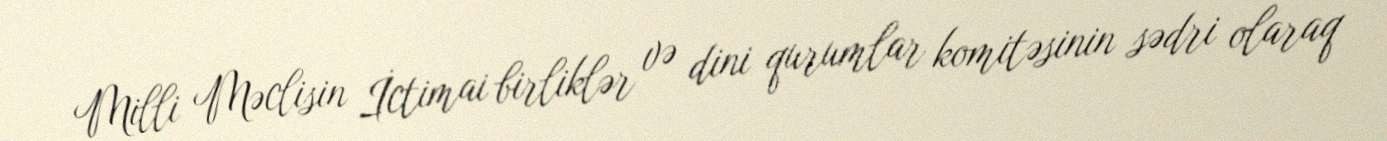
Milli Məclisin İctimai birliklər və dini qurumlar komitəsinin sədri olaraq